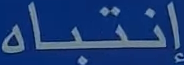
إنتباه